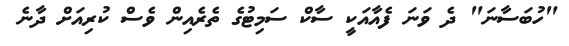
"ހުބަސާނަ" ދެ ވަނަ ފެއާއަކީ ސާކް ސަމިޓުގެ ތެރެއިން ވެސް ކުރިއަށް ދާނެ